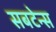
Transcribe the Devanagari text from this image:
सबटेन्स